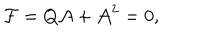
{ \cal F } = Q { \cal A } + { \cal A } ^ { 2 } = 0 ,